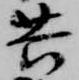
共